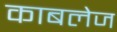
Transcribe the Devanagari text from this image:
काबलेज